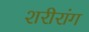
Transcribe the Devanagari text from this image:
शरीरांग